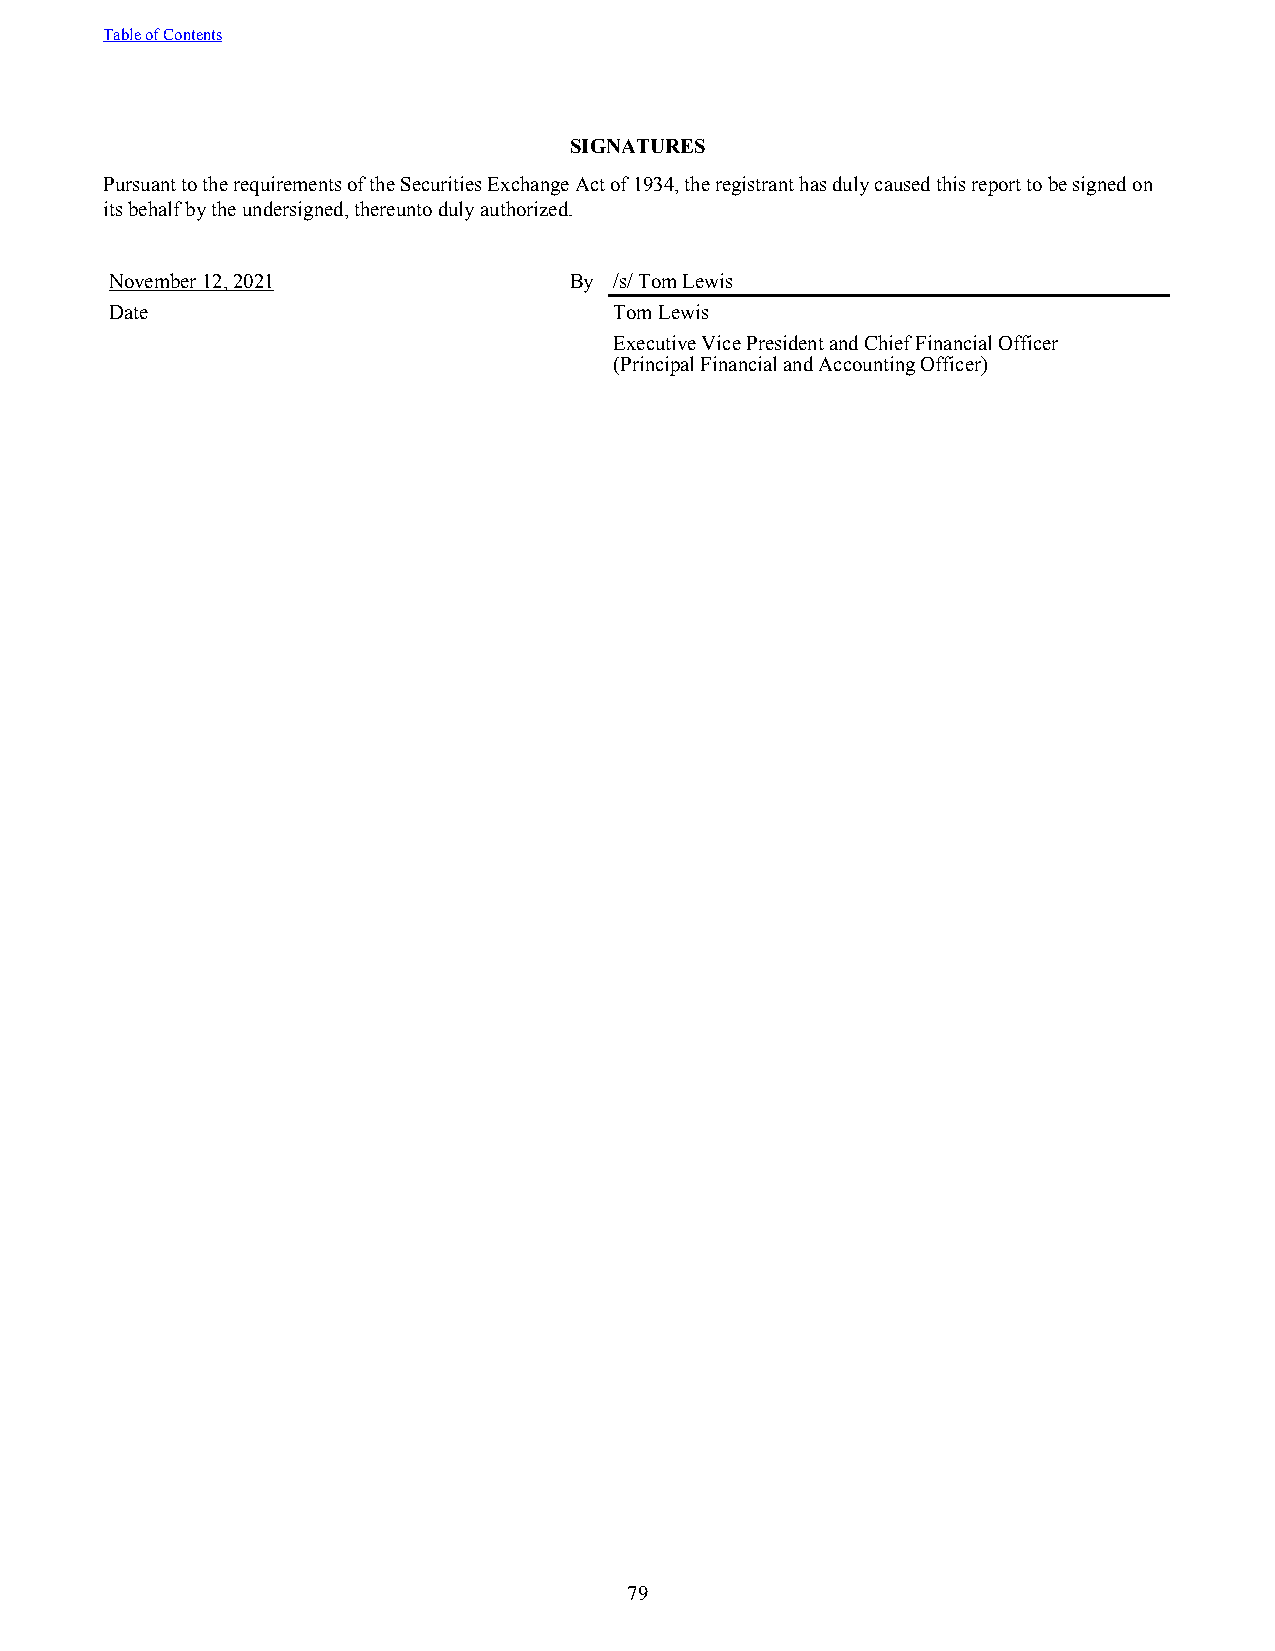
Table of Contents
 SIGNATURES
 Pursuant to the requirements of the Securities Exchange Act of 1934, the registrant has duly caused this report to be signed on
 its behalf by the undersigned, thereunto duly authorized.
 November 12, 2021              By /s/ Tom Lewis
 Date                              Tom Lewis
 Executive Vice President and Chief Financial Officer
 (Principal Financial and Accounting Officer)
 79